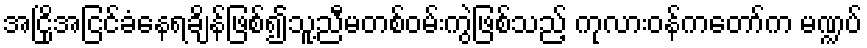
အငြိုအငြင်ခံနေရချိန်ဖြစ်၍သူ့ညီမတစ်ဝမ်းကွဲဖြစ်သည့် ကုလားဝန်ကတော်က မဏ္ဍပ်